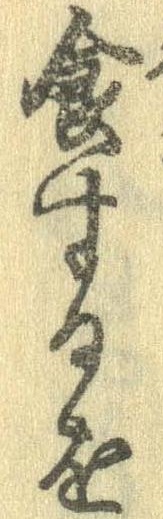
食するを